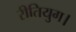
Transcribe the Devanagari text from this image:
रीतियुग।